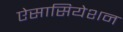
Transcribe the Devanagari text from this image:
ऐसासियेशन